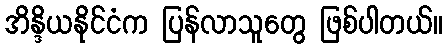
အိန္ဒိယနိုင်ငံက ပြန်လာသူတွေ ဖြစ်ပါတယ်။